Children and Young Persons (Scotland) Act, 1932. Care and training of juveniles, 1932
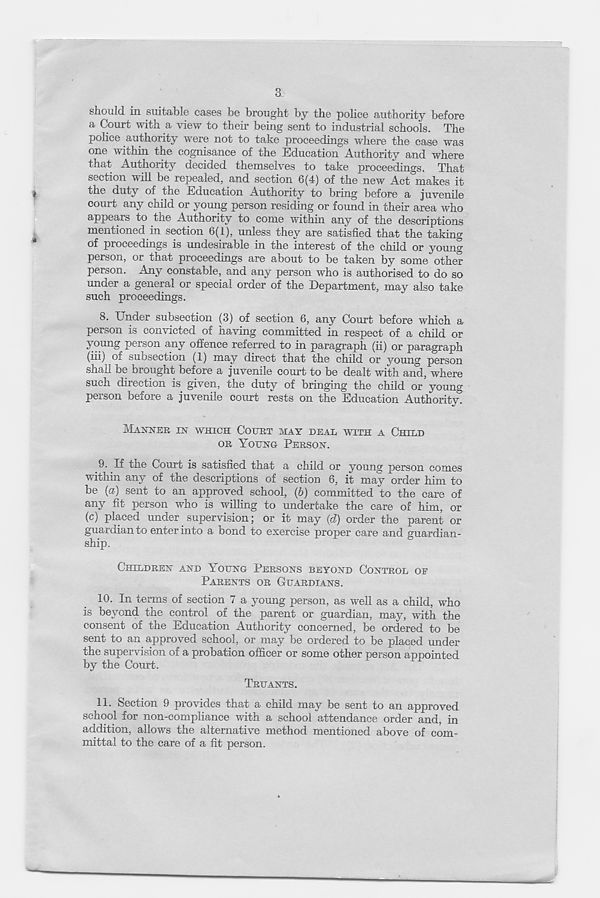
3
should in suitable cases be brought by the police authority before
a Court with a view to their being sent to industrial schools. The
police authority were not to take proceedings where the case was
one within the cognisance of the Education Authority and where
that Authority decided themselves to take proceedings. That
section will be repealed, and section 6(4) of the new Act makes it
(
the duty of the Education Authority to bring before a juvenile
court any child or young person residing or found in their area who
appears to the Authority to come within any of the descriptions
mentioned in section 6(1), unless they are satisfied that the taking
of proceedings is undesirable in the interest of the child or young
person, or that proceedings are about to be taken by some other
person. Any constable, and any person who is authorised to do so
under a general or special order of the Department, may also take
such proceedings.
8. Under subsection (3) of section 6, any Court before which a
person is convicted of having committed in respect of a child or
young person any offence referred to in paragraph (ii) or paragraph
(iii) of subsection (1) may direct that the child or young person
shall be brought before a juvenile court to be dealt with and, where
such direction is given, the duty of bringing the child or young
person before a juvenile court rests on the Education Authority.
MANNER IN WHICH COURT MAY DEAL WITH A CHILD
OR YOUNG PERSON.
9. If the Court is satisfied that a child or young person comes
withm any of the descriptions of section 6, it may order him to
be {a) sent to an approved school, (6) committed to the care of
any fit person who is willing to undertake the care of him, or
(c) placed under supervision: or it may (d) order the parent or
guardian to enter into a bond to exercise proper care and guardian-
ship.
CHILDREN AND YOUNG PERSONS BEYOND CONTROL OE
PARENTS OR GUARDIANS.
10.
In terms of section 7 a young person, as well
is beyond the control of the parent or guardian, may, with the
consent of the Education Authority concerned, be ordered to be
sent to an approved school, or may be ordered to be placed under
the supervision of a probation officer or some other person appointed
by the Court.
TRUANTS.
11- Section 9 provides that a child may be sent to an approved
school for non-compliance with a school attendance order and, in
addition, allows the alternative method mentioned above of com-
mittal to the care of a fit person.